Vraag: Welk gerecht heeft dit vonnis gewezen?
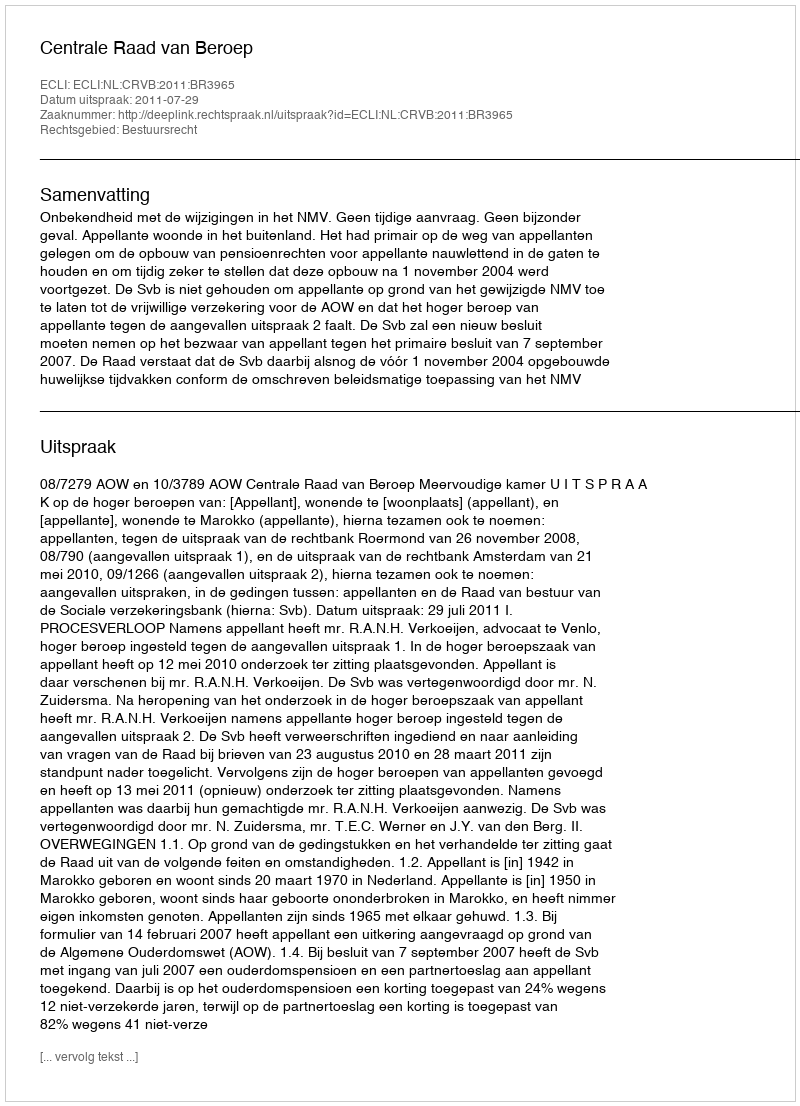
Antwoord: Centrale Raad van Beroep